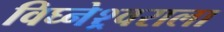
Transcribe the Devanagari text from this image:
विघ्नेश्र्वराला